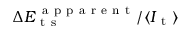
\Delta E _ { \mathrm { ~ t ~ s ~ } } ^ { \mathrm { ~ a ~ p ~ p ~ a ~ r ~ e ~ n ~ t ~ } } / \langle I _ { \mathrm { ~ t ~ } } \rangle